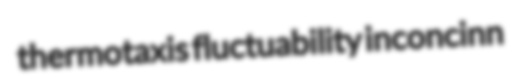
thermotaxis fluctuability inconcinn